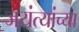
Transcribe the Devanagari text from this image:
जयंत्यांच्या